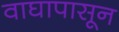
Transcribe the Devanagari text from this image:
वाघापासून